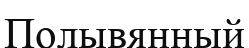
Полывянный